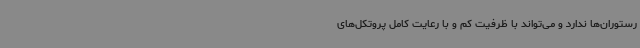
رستوران‌ها ندارد و می‌تواند با ظرفیت کم و با رعایت کامل پروتکل‌های